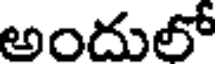
అందులో